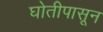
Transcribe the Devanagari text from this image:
घोतीपासून